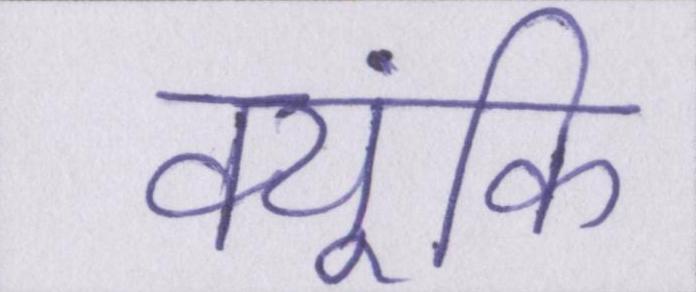
क्यूंकि